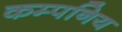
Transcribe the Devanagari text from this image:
कम्पनिय